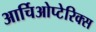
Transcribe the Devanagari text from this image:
आर्चिओप्टेरिक्स